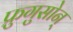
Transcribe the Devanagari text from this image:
फ्रुगुसोन्